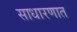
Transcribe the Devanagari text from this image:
साधारणात